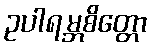
ဥပါရမ္ဘစိတ္တော